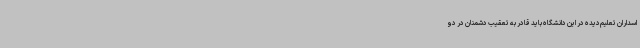
اسداران تعلیم‌دیده در این دانشگاه باید قادر به تعقیب دشمنان در دو